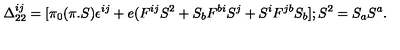
\Delta _ { 2 2 } ^ { i j } = [ \pi _ { 0 } ( \pi . S ) \epsilon ^ { i j } + e ( F ^ { i j } S ^ { 2 } + S _ { b } F ^ { b i } S ^ { j } + S ^ { i } F ^ { j b } S _ { b } ] ; S ^ { 2 } = S _ { a } S ^ { a } .